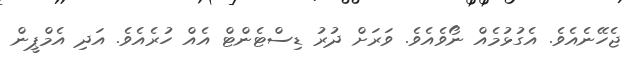
ޖެހޭނެއެވެ. އެގުޅުމެއް ނޯވެއެވެ. ވަރަށް ދުރު ޑިސްޓެންޓް އެއް ހުރެއެވެ. އަދި އެމްޕީން